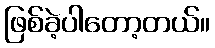
ဖြစ်ခဲ့ပါတော့တယ်။